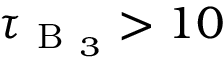
\tau _ { \mathrm { ~ B ~ } _ { 3 } } > 1 0